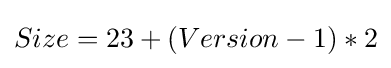
Size=23+(Version-1)*2